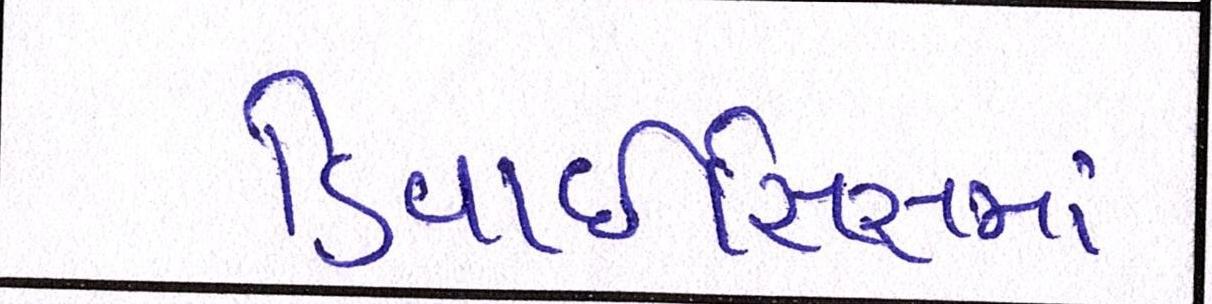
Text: ડિવાઇસિસમાં